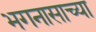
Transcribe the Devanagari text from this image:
भगनासाच्या